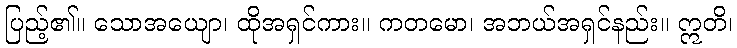
ပြည့်၏။ သောအယျော၊ ထိုအရှင်ကား။ ကတမော၊ အဘယ်အရှင်နည်း။ ဣတိ၊